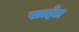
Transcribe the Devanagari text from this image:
साईत्र